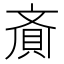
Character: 𮚁